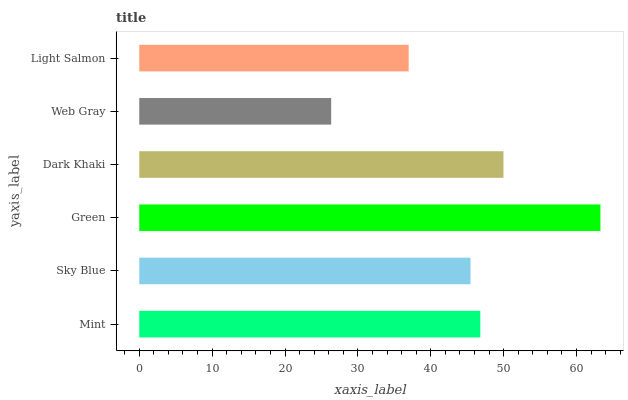
| yaxis_label | bars |
 | --- | --- |
 | Mint | 46.8 |
 | Sky Blue | 45.5 |
 | Green | 63.3 |
 | Dark Khaki | 50 |
 | Web Gray | 26.3 |
 | Light Salmon | 37 |